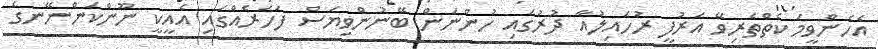
އެހެންވީމަ ކެތްތެރިވޭ އަރުފީ ރުހައިލުއާ ދުރުގައި ހުންނަން ބޭނުންވިޔަސް ފަހަރެއްގައި އެއީކީ ނޫންކަންނޭނގެ